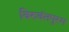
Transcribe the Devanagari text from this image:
विरुवंतपुरम